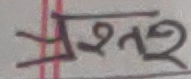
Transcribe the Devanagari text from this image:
प्रश्न